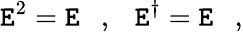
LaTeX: {\cal\mathtt{E}}^{2}={\cal\mathtt{E}}\ \ \ ,\ \ \ {\cal\mathtt{E}}^{\dagger}={\cal\mathtt{E}}\ \ \ ,